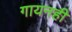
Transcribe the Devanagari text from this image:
गायनही